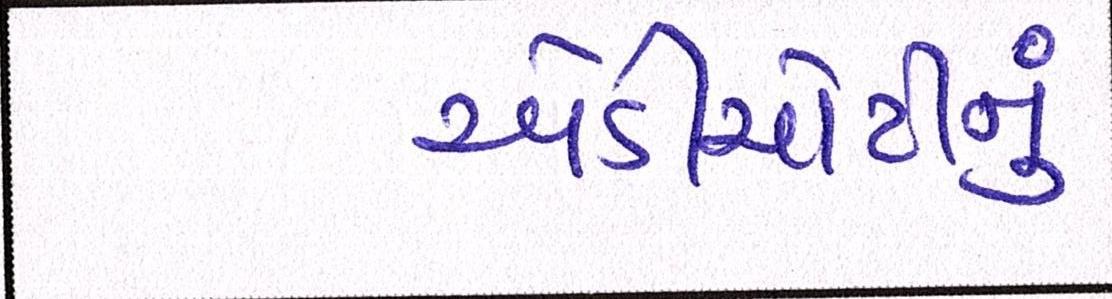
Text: એડીચોટીનું